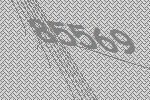
85569